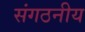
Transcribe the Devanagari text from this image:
संगठनीय